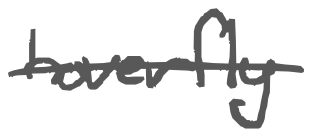
Text: hoverfly
Cross-out: single-line
Writing tool: digital_gray